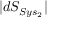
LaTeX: | d S _ { S y s _ { 2 } } |